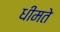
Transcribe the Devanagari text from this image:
धीमते